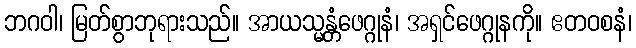
ဘဂဝါ၊ မြတ်စွာဘုရားသည်။ အာယသ္မန္တံဖေဂ္ဂုနံ၊ အရှင်ဖေဂ္ဂုနကို။ ဧတဝစနံ၊